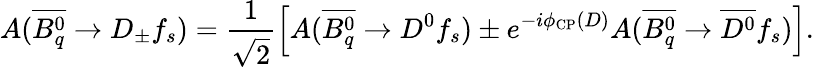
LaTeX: A(\overline{{{B_{q}^{0}}}}\to D_{\pm}f_{s})=\frac{1}{\sqrt{2}}\left[A(\overline{{{B_{q}^{0}}}}\to D^{0}f_{s})\pm e^{-i\phi_{\mathrm{CP}}(D)}A(\overline{{{B_{q}^{0}}}}\to\overline{{{D^{0}}}}f_{s})\right].